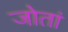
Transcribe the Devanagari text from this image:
जोतां